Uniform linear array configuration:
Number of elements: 24
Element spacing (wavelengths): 0.5
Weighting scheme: cosine
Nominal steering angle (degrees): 30
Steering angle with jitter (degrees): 29.598
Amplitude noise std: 0.05
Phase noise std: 0.05

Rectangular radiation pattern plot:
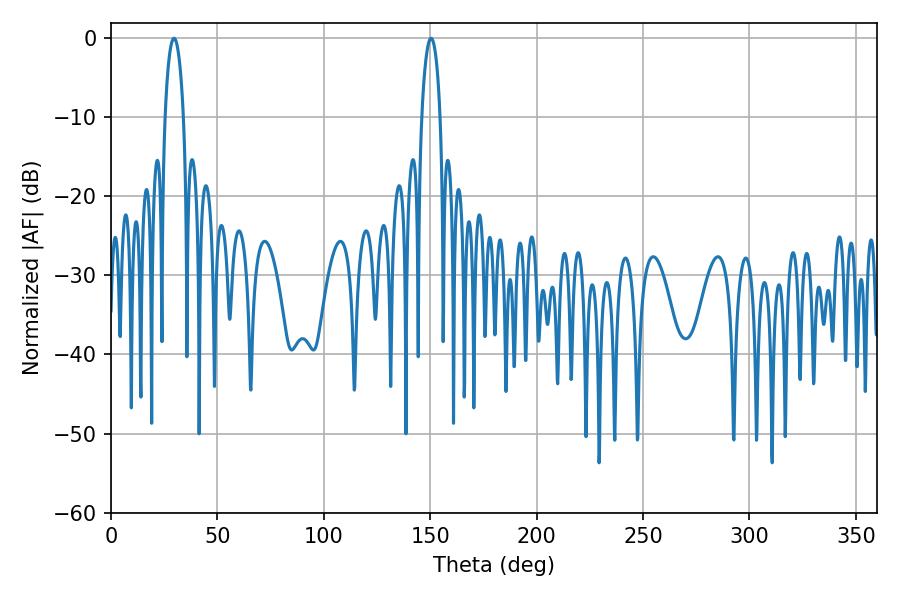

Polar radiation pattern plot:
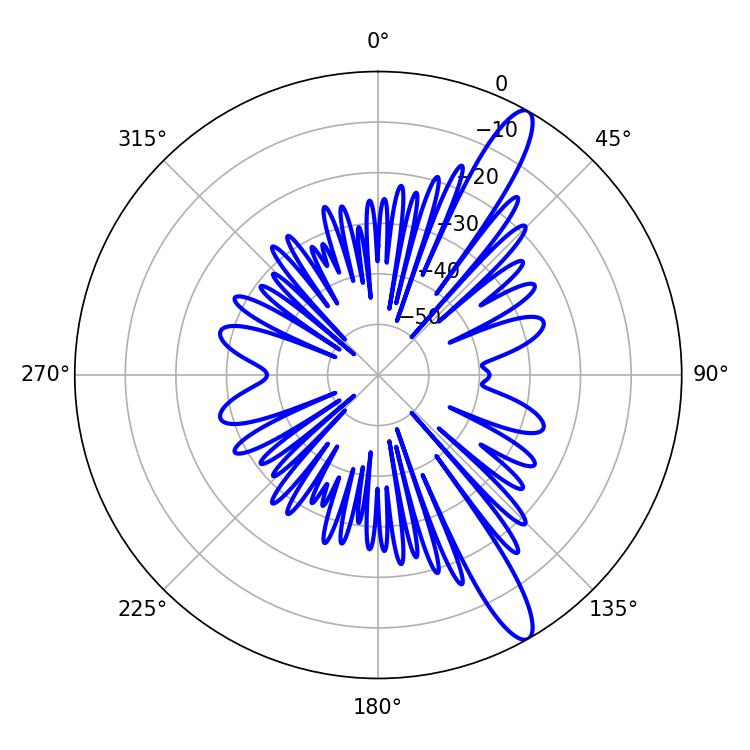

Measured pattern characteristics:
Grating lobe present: FALSE
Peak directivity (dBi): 13.245
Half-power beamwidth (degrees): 4.86
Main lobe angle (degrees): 29.52